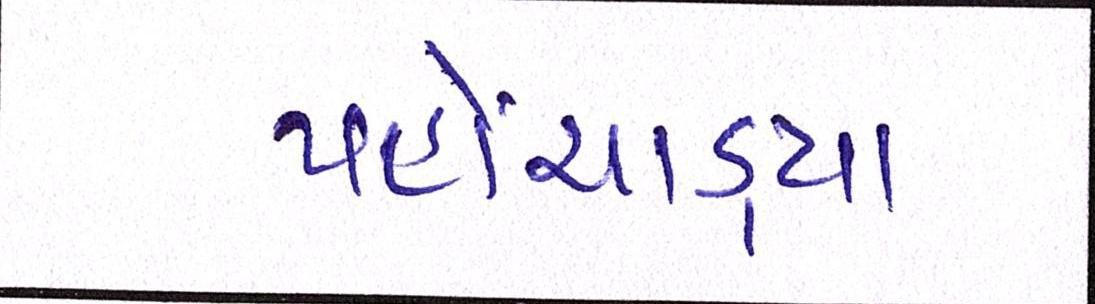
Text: પહોંચાડ્યા